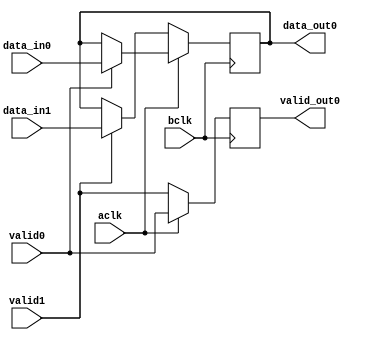
module muxL_cond (
		  input 	   aclk,
		  input 	   bclk,
		  input 	   valid0,
		  input 	   valid1,
		  input [7:0] 	   data_in0,
		  input [7:0] 	   data_in1, 
		  output reg 	   valid_out0,
		  output reg [7:0] data_out0
		  );


   //valid_out0 = 0;

   always @ (posedge bclk) begin


      if (aclk) begin
      	 if (valid0) begin
      	    data_out0 = data_in0;

      	 end


      	 valid_out0 = valid0;
      end

      else begin

      	 if (valid1) begin
      	    data_out0 = data_in1;
      	 end


      	 valid_out0 = valid1;

      end




   end // always @ (posedge 2clk)

endmodule // muxL2